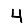
Digit: 4